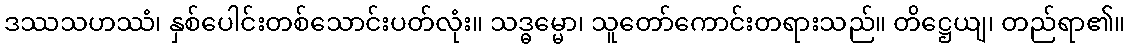
ဒဿသဟဿံ၊ နှစ်ပေါင်းတစ်သောင်းပတ်လုံး။ သဒ္ဓမ္မော၊ သူတော်ကောင်းတရားသည်။ တိဋ္ဌေယျ၊ တည်ရာ၏။